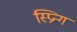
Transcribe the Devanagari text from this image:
स्प्रिन्ग